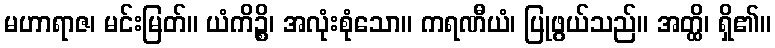
မဟာရာဇ၊ မင်းမြတ်။ ယံကိဉ္စိ၊ အလုံးစုံသော။ ကရဏီယံ၊ ပြုဖွယ်သည်။ အတ္ထိ၊ ရှိ၏။